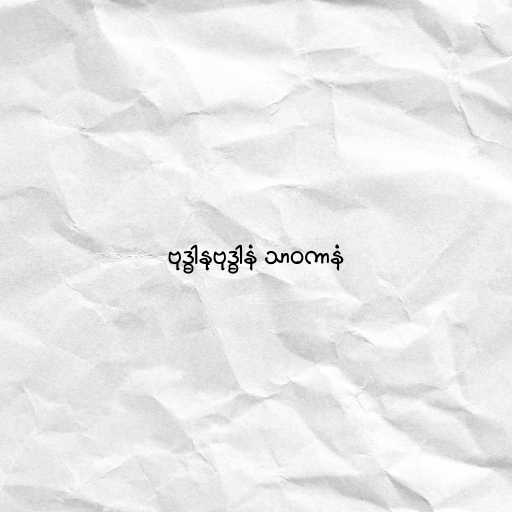
ဗုဒ္ဓါနုဗုဒ္ဓါနံ သာဝကာနံ